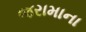
જરામાના